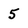
Character: 5